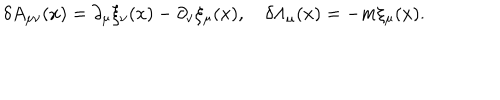
LaTeX: \delta A _ { \mu \nu } ( x ) = \partial _ { \mu } \xi _ { \nu } ( x ) - \partial _ { \nu } \xi _ { \mu } ( x ) , \quad \delta \Lambda _ { \mu } ( x ) = - m \xi _ { \mu } ( x ) .